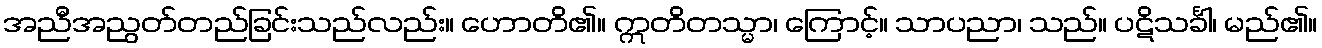
အညီအညွတ်တည်ခြင်းသည်လည်း။ ဟောတိ၏။ ဣတိတသ္မာ၊ ကြောင့်။ သာပညာ၊ သည်။ ပဋိသင်္ခါ၊ မည်၏။